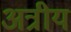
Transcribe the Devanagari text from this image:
अत्रीय